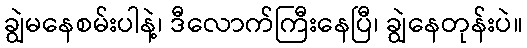
ချွဲမနေစမ်းပါနဲ့၊ ဒီလောက်ကြီးနေပြီ၊ ချွဲနေတုန်းပဲ။